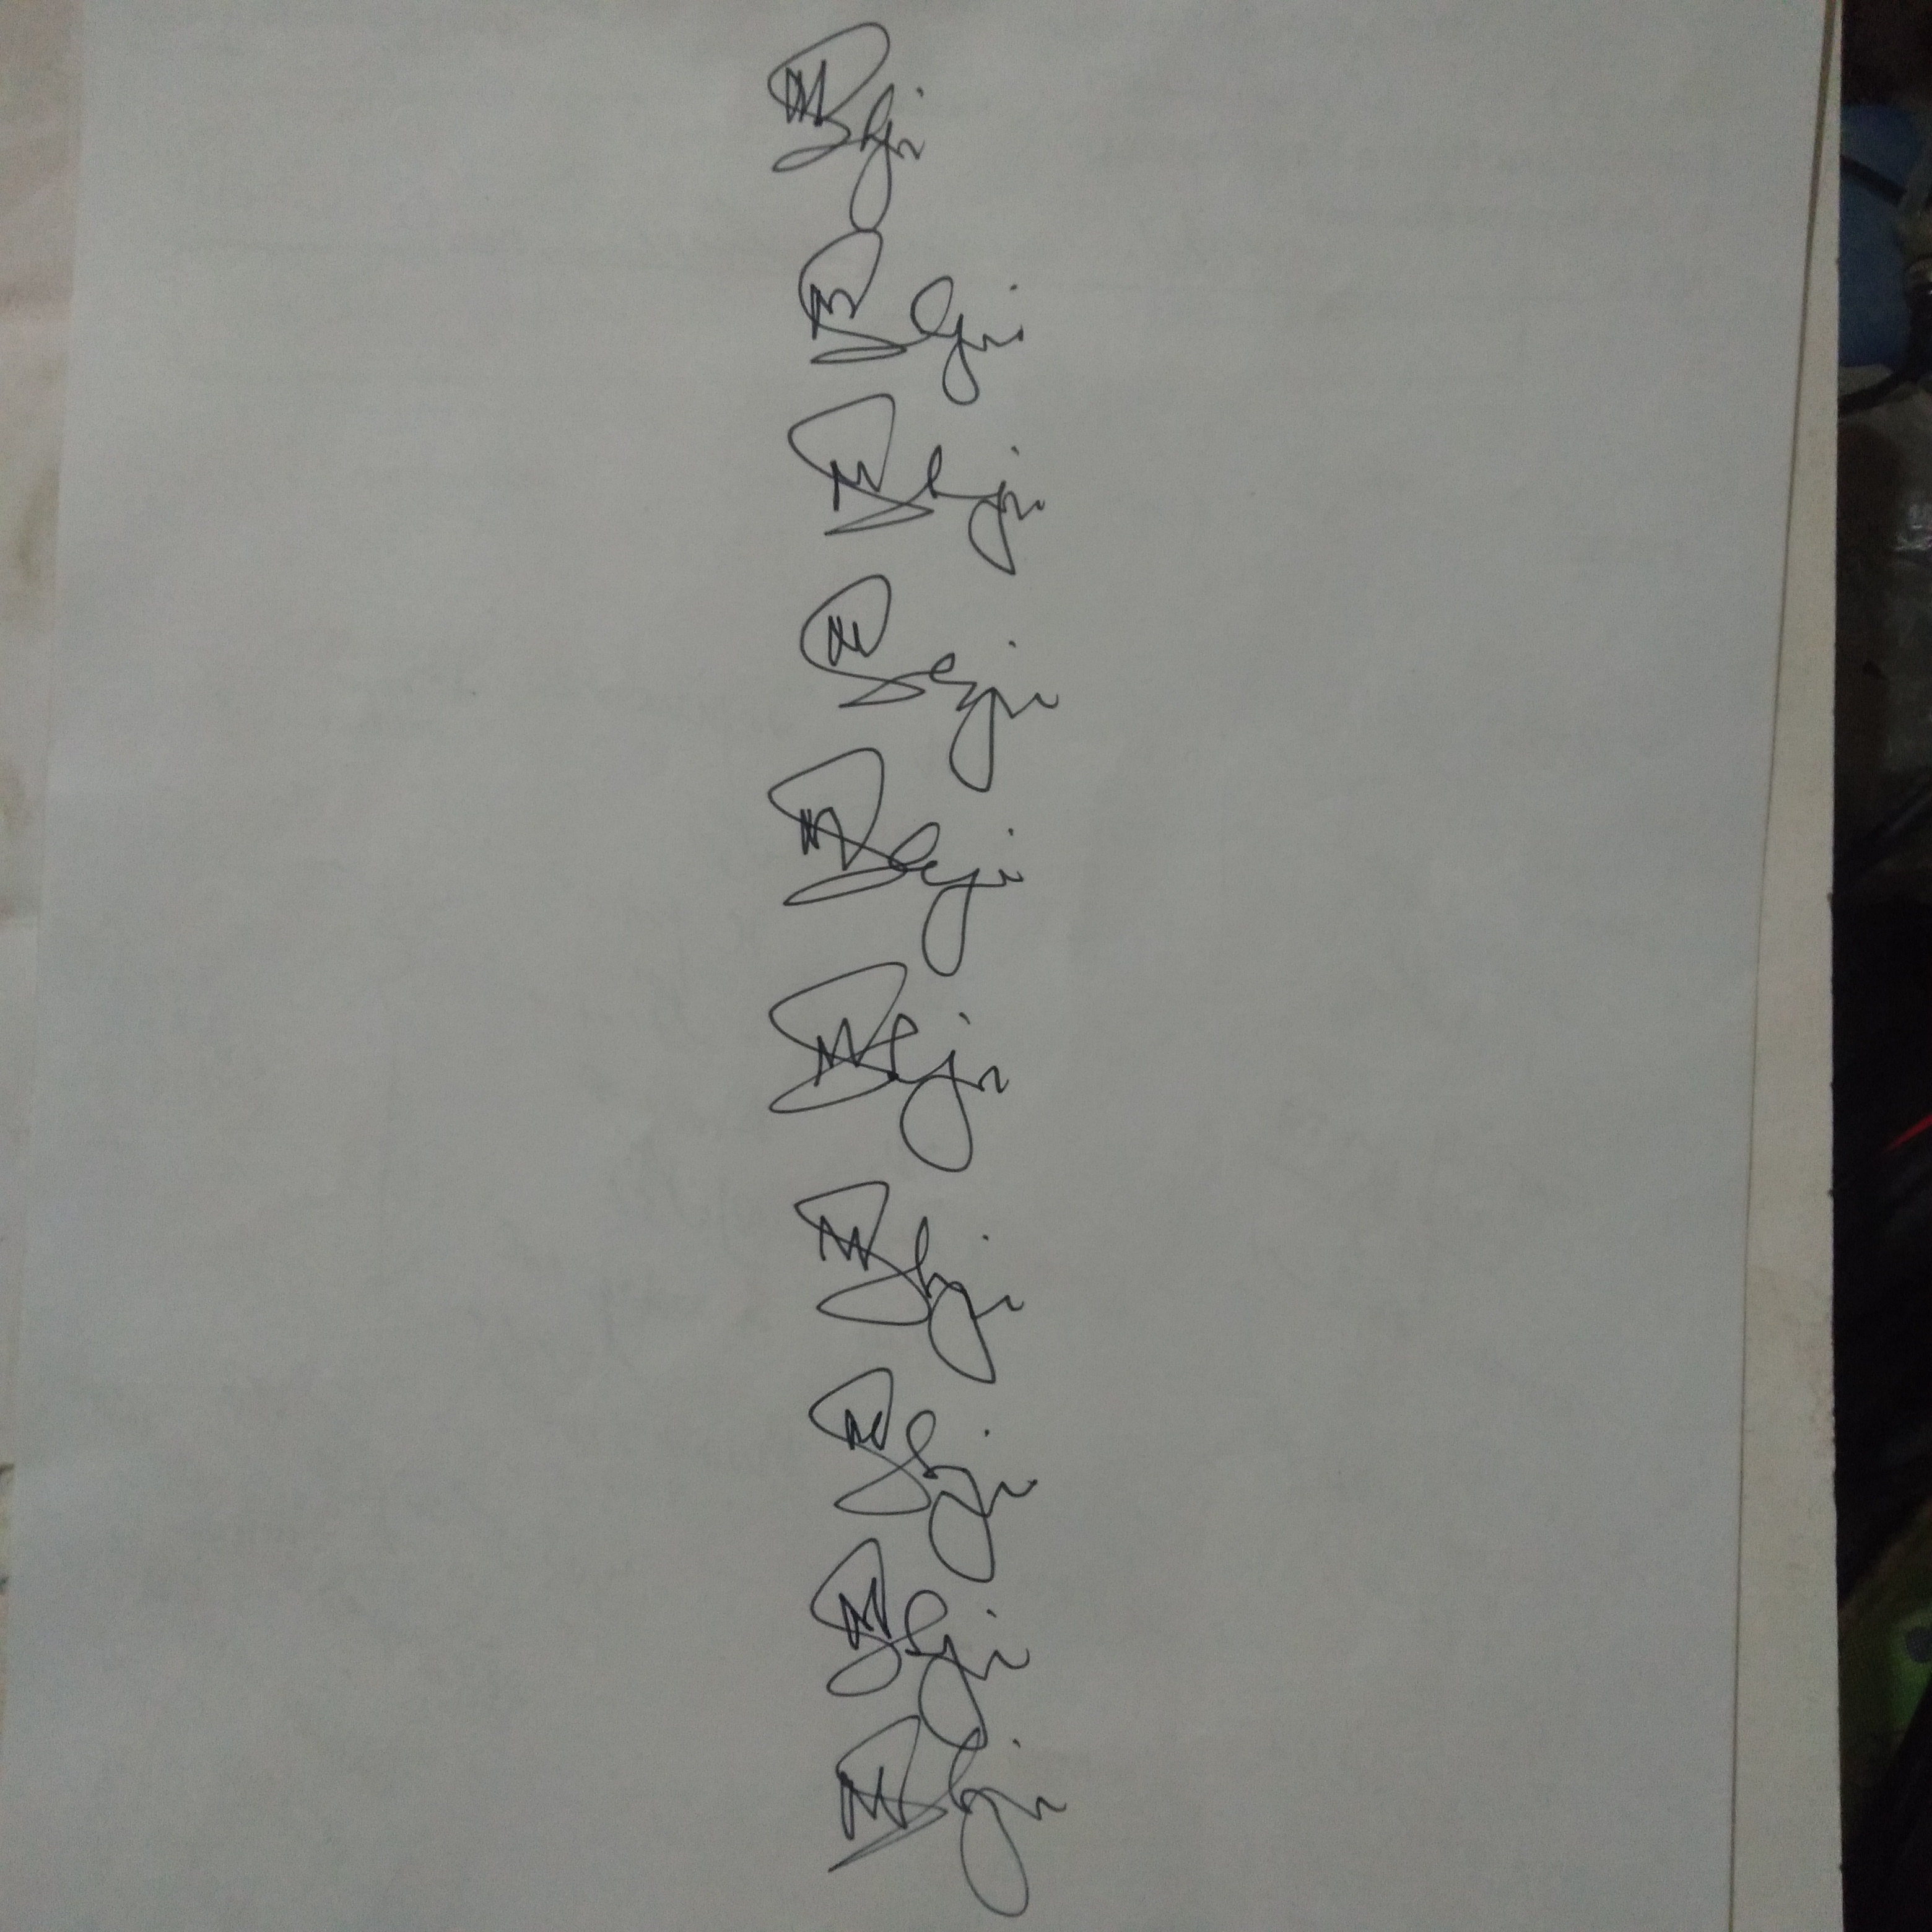
Signature authenticity: genuine